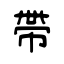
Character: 帶